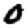
Digit: 0